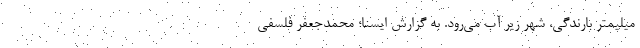
میلیمتر بارندگی، شهر زیر آب می‌رود. به گزارش ایسنا؛ محمدجعفر فلسفی